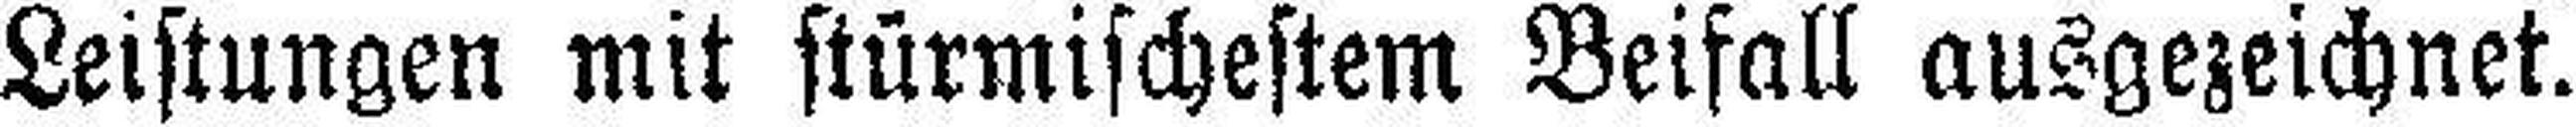
Leistungen mit stürmischestem Beifall ausgezeichnet.